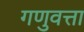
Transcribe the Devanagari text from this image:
गणुवत्ता